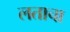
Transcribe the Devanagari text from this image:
लताचा